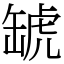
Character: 𧇍